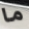
ما